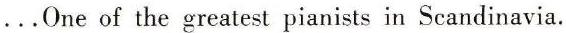
. . . One of the greatest pianists in Scandinavia.